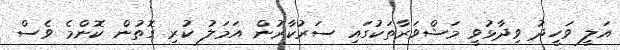
އަލީ ވަހީދު ވިދާޅުވީ މަޝްވަރާތަކުގައި ސަރުކާރުން އަމަލު ކުރި ގޮތުން ކޮންމެ ވެސް